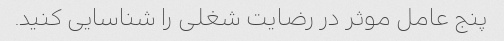
پنج عامل موثر در رضایت شغلی را شناسایی کنید.